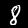
Label: 8